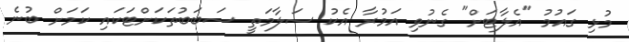
މުޅި ގައުމު "އެލާޓަށް" ގެނުވި އަމުރާ އެކު ސަލާމަތީ ސަބަބުތަކަށްޓަކައި ކަމަށް ބުނެ